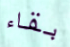
بقاء